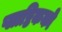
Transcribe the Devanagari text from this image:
प्लाष्टिकको